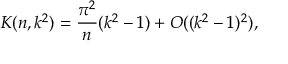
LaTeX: K ( n , k ^ { 2 } ) = \frac { \pi ^ { 2 } } { n } ( k ^ { 2 } - 1 ) + O ( ( k ^ { 2 } - 1 ) ^ { 2 } ) ,